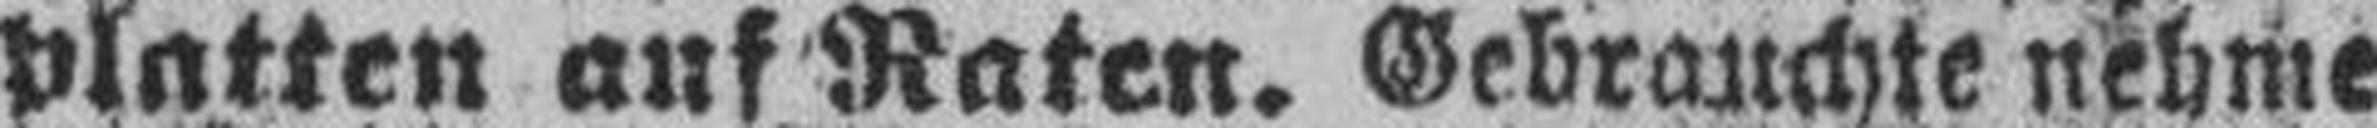
platten auf Raten. Gebrauchte nehme